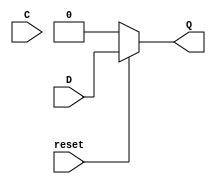
/* My D latch with attempts to bypass icarus FF inference */
/* Not a valid design since Q is not hooked up for QUARTUS, or currently my tool */

module bm_my_D_latch1(D, C, Q, reset);
	input D, C;
	input reset;
	output Q;
	reg Q;
	
	always @(*)
	begin
		if (~reset)
		begin
			Q = 0;
		end
		else
		begin
			Q = D;
		end
	end
endmodule